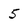
Character: 5